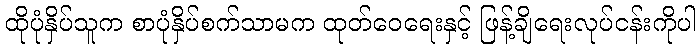
ထိုပုံနှိပ်သူက စာပုံနှိပ်စက်သာမက ထုတ်ဝေရေးနှင့် ဖြန့်ချိရေးလုပ်ငန်းကိုပါ